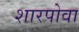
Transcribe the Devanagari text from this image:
शारपोवा